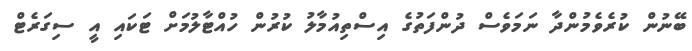
ބޭނުން ކުރެވެމުންދާ ނަމަވެސް ދުންފަތުގެ އިސްތިއުމާލު ކުރުން ހުއްޓާލުމަށް ޓަކައި އީ ސިގަރެޓް